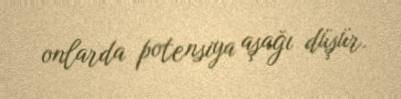
onlarda potensiya aşağı düşür.